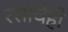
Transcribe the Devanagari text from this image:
रसांचेही